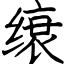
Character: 缞